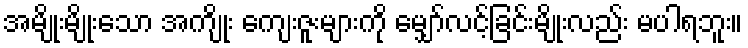
အမျိုးမျိုးသော အကျိုး ကျေးဇူးများကို မျှော်လင့်ခြင်းမျိုးလည်း မပါရဘူး။